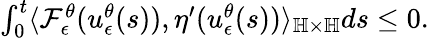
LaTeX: \begin{array}{r}{\int_{0}^{t}\langle\mathcal{F}_{\epsilon}^{\theta}(u_{\epsilon}^{\theta}(s)),\eta^{\prime}(u_{\epsilon}^{\theta}(s))\rangle_{\mathbb{H}\times\mathbb{H}}ds\leq 0.}\end{array}